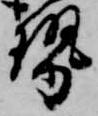
勢